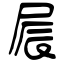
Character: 屒